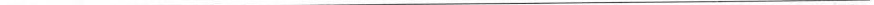
___